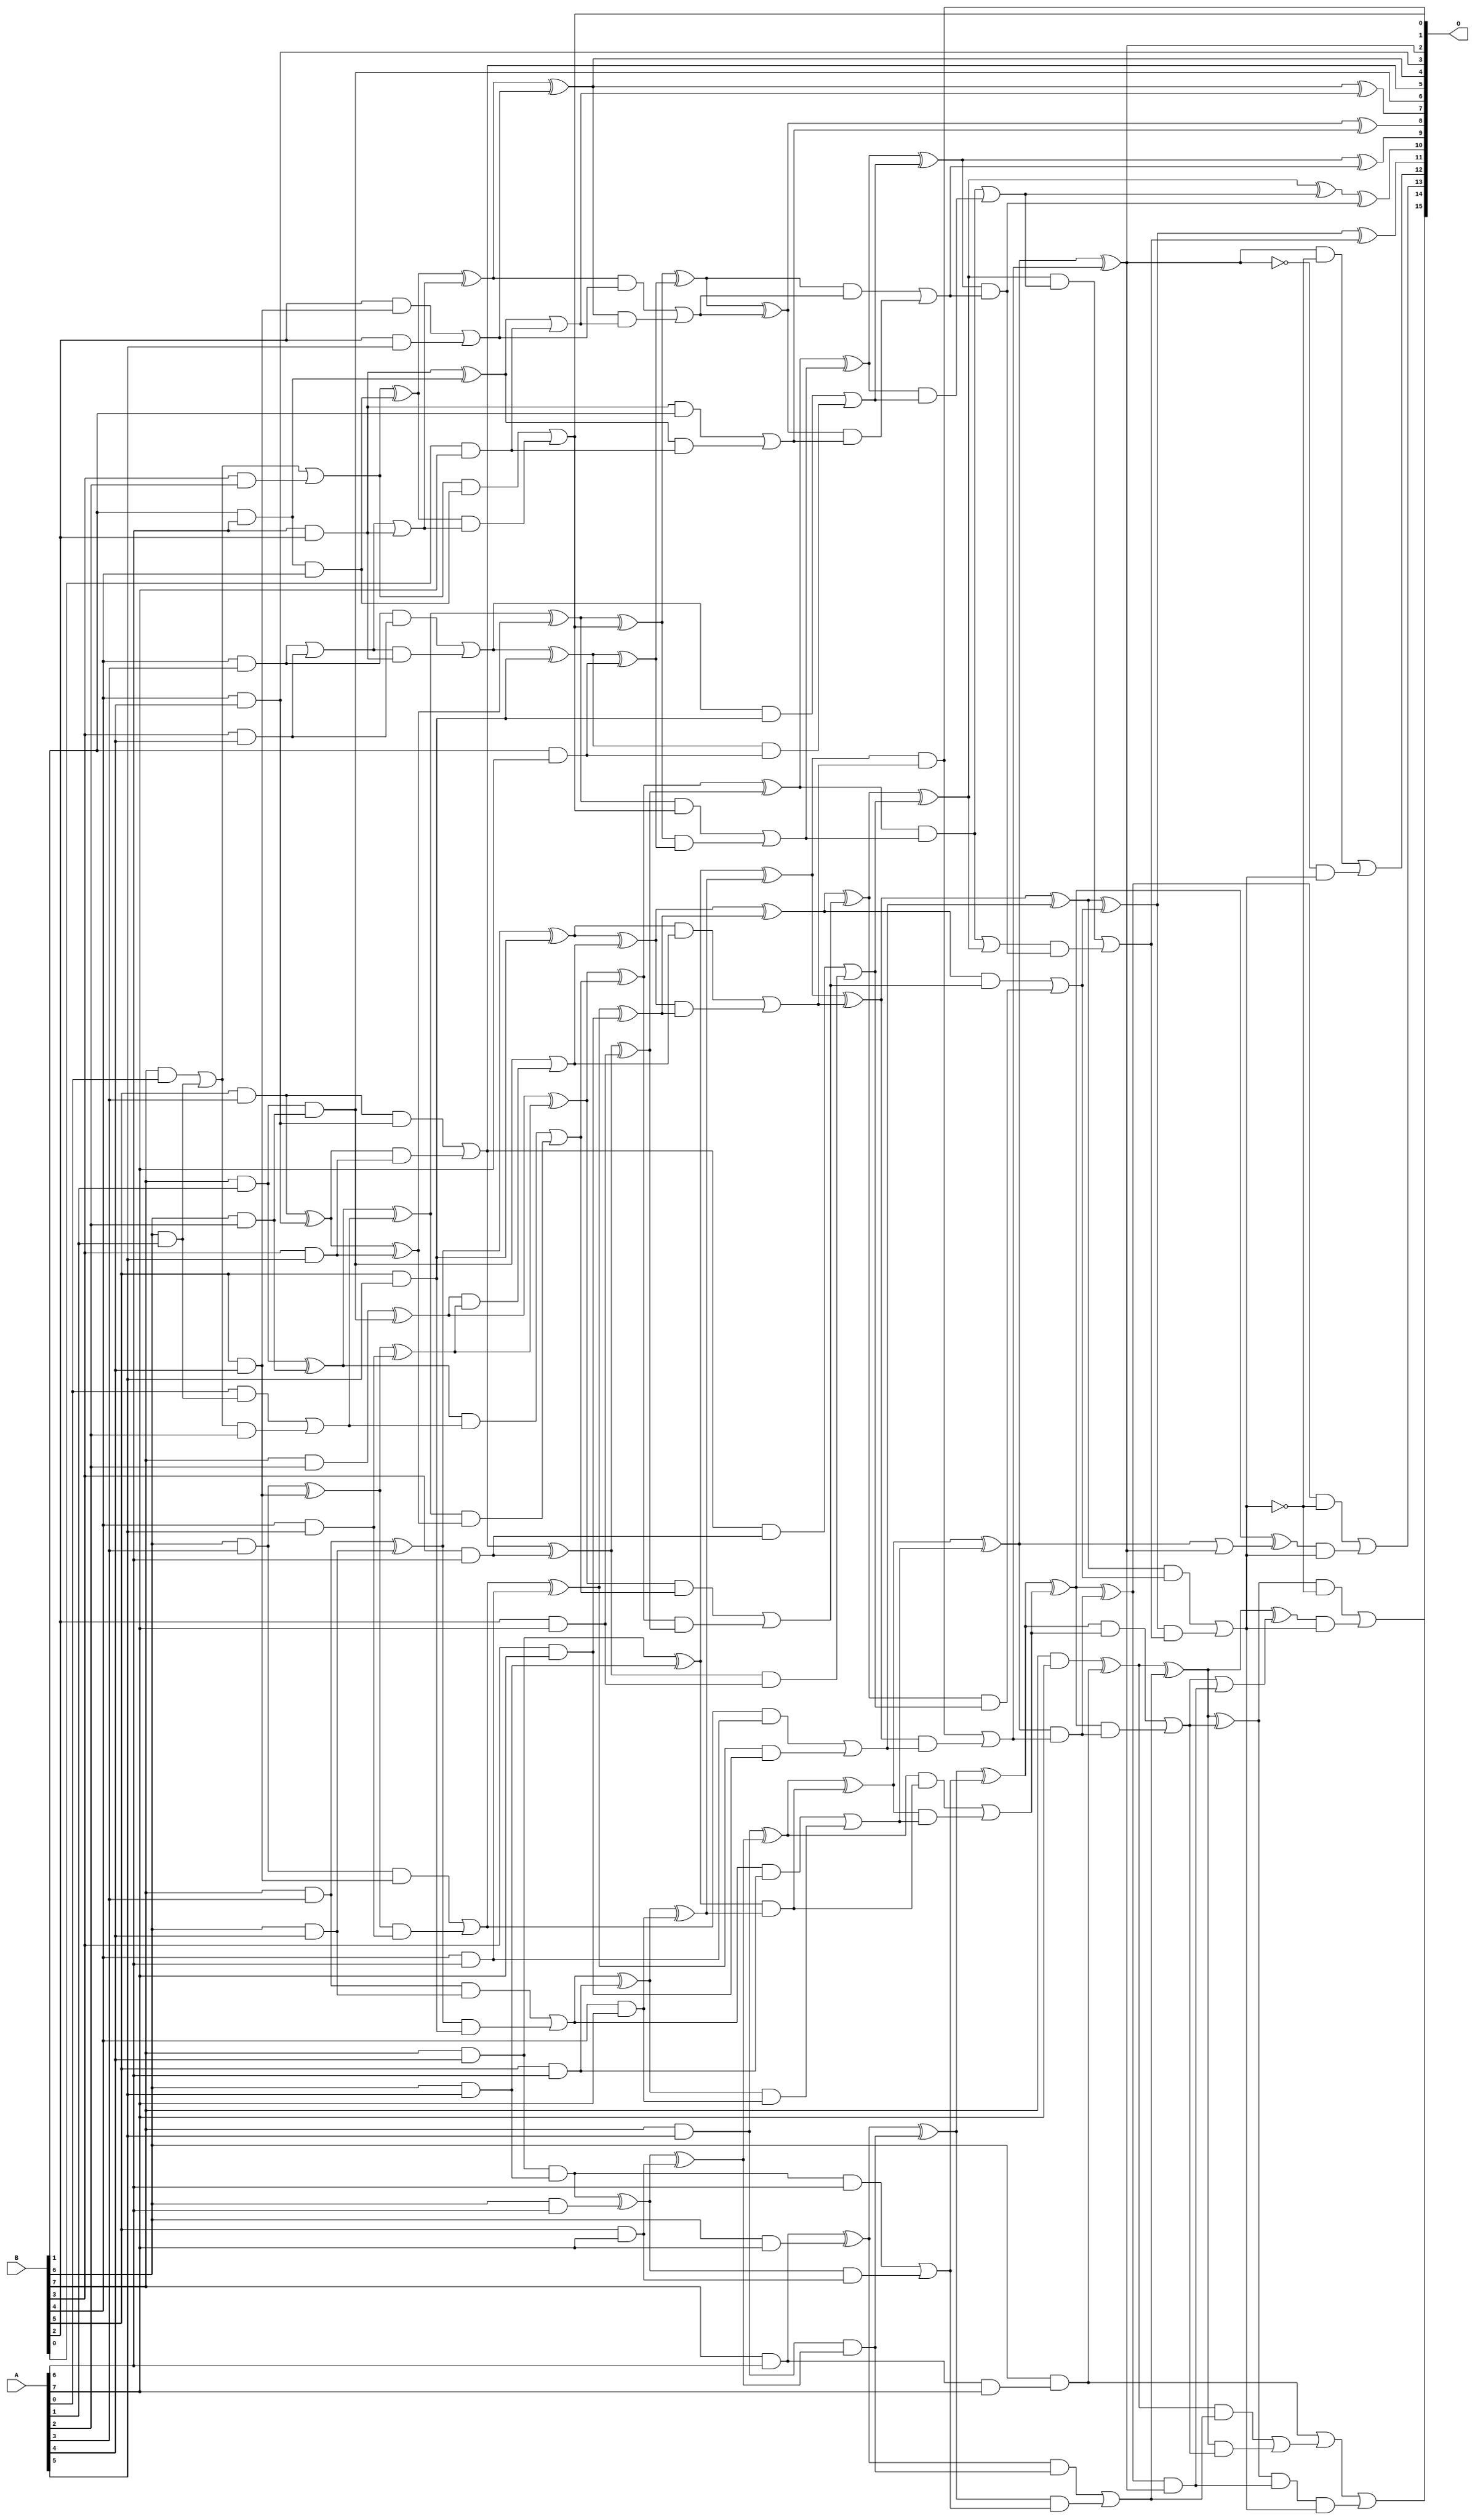
/***
* This code is a part of EvoApproxLib library (ehw.fit.vutbr.cz/approxlib) distributed under The MIT License.
* When used, please cite the following article(s): PRABAKARAN B. S., MRAZEK V., VASICEK Z., SEKANINA L., SHAFIQUE M. ApproxFPGAs: Embracing ASIC-based Approximate Arithmetic Components for FPGA-Based Systems. DAC 2020. 
***/
// MAE% = 0.17 %
// MAE = 111 
// WCE% = 0.66 %
// WCE = 432 
// WCRE% = 350.00 %
// EP% = 98.38 %
// MRE% = 3.99 %
// MSE = 18862 
// FPGA_POWER = 0.95
// FPGA_DELAY = 9.5
// FPGA_LUT = 60

module mul8u_19PQ (
    A,
    B,
    O
);

input [7:0] A;
input [7:0] B;
output [15:0] O;

wire sig_23,sig_30,sig_31,sig_37,sig_38,sig_39,sig_44,sig_45,sig_46,sig_47,sig_51,sig_52,sig_53,sig_54,sig_55,sig_57,sig_59,sig_60,sig_61,sig_62;
wire sig_63,sig_65,sig_67,sig_68,sig_69,sig_70,sig_71,sig_72,sig_73,sig_74,sig_75,sig_76,sig_77,sig_78,sig_79,sig_82,sig_94,sig_103,sig_107,sig_108;
wire sig_109,sig_110,sig_111,sig_112,sig_113,sig_122,sig_124,sig_126,sig_127,sig_128,sig_129,sig_130,sig_131,sig_132,sig_133,sig_134,sig_135,sig_136,sig_137,sig_138;
wire sig_139,sig_140,sig_141,sig_142,sig_143,sig_144,sig_145,sig_146,sig_147,sig_170,sig_171,sig_172,sig_173,sig_174,sig_175,sig_176,sig_177,sig_178,sig_179,sig_180;
wire sig_182,sig_183,sig_184,sig_187,sig_188,sig_189,sig_190,sig_191,sig_192,sig_193,sig_194,sig_195,sig_196,sig_197,sig_198,sig_199,sig_200,sig_201,sig_202,sig_203;
wire sig_204,sig_205,sig_206,sig_207,sig_208,sig_209,sig_210,sig_211,sig_212,sig_213,sig_214,sig_215,sig_216,sig_217,sig_218,sig_233,sig_234,sig_235,sig_236,sig_237;
wire sig_238,sig_239,sig_240,sig_241,sig_242,sig_243,sig_244,sig_245,sig_246,sig_247,sig_248,sig_249,sig_250,sig_251,sig_252,sig_253,sig_254,sig_255,sig_256,sig_258;
wire sig_268,sig_269,sig_270,sig_271,sig_272,sig_273,sig_274,sig_275,sig_276,sig_277,sig_278,sig_279,sig_280,sig_281,sig_282,sig_283,sig_284,sig_285,sig_286,sig_287;
wire sig_288,sig_289,sig_290,sig_291,sig_292,sig_293,sig_295,sig_296,sig_297,sig_298,sig_299,sig_317,sig_330,sig_331,sig_335,sig_336,sig_337,sig_338,sig_339,sig_340;
wire sig_341,sig_342,sig_343,sig_344,sig_380,sig_385,sig_386,sig_387,sig_388,sig_389,sig_390,sig_391,sig_392,sig_393,sig_394,sig_395,sig_397,sig_398,sig_400,sig_401;
wire sig_404,sig_405,sig_406,sig_408,sig_409,sig_410,sig_415,sig_416,sig_417,sig_419,sig_420,sig_421,sig_423,sig_424,sig_425,sig_428,sig_429;

assign sig_23 = B[7] & A[0];
assign sig_30 = B[6] & A[1];
assign sig_31 = B[7] & A[1];
assign sig_37 = B[3] & A[2];
assign sig_38 = B[6] & A[2];
assign sig_39 = B[7] & A[2];
assign sig_44 = B[4] & A[3];
assign sig_45 = B[5] & A[3];
assign sig_46 = B[6] & A[3];
assign sig_47 = B[7] & A[3];
assign sig_51 = B[3] & A[4];
assign sig_52 = B[4] & A[4];
assign sig_53 = B[5] & A[4];
assign sig_54 = B[6] & A[4];
assign sig_55 = B[7] & A[4];
assign sig_57 = B[2] & A[5];
assign sig_59 = B[3] & A[5];
assign sig_60 = B[4] & A[5];
assign sig_61 = B[5] & A[5];
assign sig_62 = B[6] & A[5];
assign sig_63 = B[7] & A[5];
assign sig_65 = B[1] & A[6];
assign sig_67 = B[3] & A[6];
assign sig_68 = B[4] & A[6];
assign sig_69 = B[5] & A[6];
assign sig_70 = B[6] & A[6];
assign sig_71 = B[7] & A[6];
assign sig_72 = B[0] & A[7];
assign sig_73 = B[1] & A[7];
assign sig_74 = B[2] & A[7];
assign sig_75 = B[3] & A[7];
assign sig_76 = B[4] & A[7];
assign sig_77 = B[5] & A[7];
assign sig_78 = B[6] & A[7];
assign sig_79 = B[7] & A[7];
assign sig_82 = A[1] & B[6];
assign sig_94 = B[2] & sig_53;
assign sig_103 = sig_65 & B[4];
assign sig_107 = sig_23 | sig_30;
assign sig_108 = A[0] & sig_82;
assign sig_109 = sig_107 & A[2];
assign sig_110 = sig_107 | sig_37;
assign sig_111 = sig_108 | sig_109;
assign sig_112 = sig_31 & sig_38;
assign sig_113 = sig_31 ^ sig_38;
assign sig_122 = A[6] & B[2];
assign sig_124 = sig_94 | sig_57;
assign sig_126 = sig_44 | sig_51;
assign sig_127 = sig_44 & sig_51;
assign sig_128 = sig_126 & sig_122;
assign sig_129 = sig_126 | sig_122;
assign sig_130 = sig_127 | sig_128;
assign sig_131 = sig_45 ^ sig_52;
assign sig_132 = sig_45 & sig_52;
assign sig_133 = sig_131 & sig_59;
assign sig_134 = sig_131 ^ sig_59;
assign sig_135 = sig_132 | sig_133;
assign sig_136 = sig_46 ^ sig_53;
assign sig_137 = sig_46 & sig_53;
assign sig_138 = sig_136 & sig_60;
assign sig_139 = sig_136 ^ sig_60;
assign sig_140 = sig_137 | sig_138;
assign sig_141 = sig_47 ^ sig_54;
assign sig_142 = sig_47 & sig_54;
assign sig_143 = sig_141 & sig_61;
assign sig_144 = sig_141 ^ sig_61;
assign sig_145 = sig_142 | sig_143;
assign sig_146 = sig_55 & sig_62;
assign sig_147 = sig_55 ^ sig_62;
assign sig_170 = sig_110 ^ sig_103;
assign sig_171 = sig_110 & sig_103;
assign sig_172 = sig_170 & sig_129;
assign sig_173 = sig_170 ^ sig_129;
assign sig_174 = sig_171 | sig_172;
assign sig_175 = sig_113 ^ sig_111;
assign sig_176 = sig_113 & sig_111;
assign sig_177 = sig_175 & sig_134;
assign sig_178 = sig_175 ^ sig_134;
assign sig_179 = sig_176 | sig_177;
assign sig_180 = sig_39 ^ sig_112;
assign sig_182 = sig_180 & sig_139;
assign sig_183 = sig_180 ^ sig_139;
assign sig_184 = sig_112 | sig_182;
assign sig_187 = sig_122 ^ sig_65;
assign sig_188 = sig_122 & B[1];
assign sig_189 = sig_187 & sig_72;
assign sig_190 = sig_187 | sig_72;
assign sig_191 = sig_188 | sig_189;
assign sig_192 = sig_130 ^ sig_61;
assign sig_193 = sig_130 & sig_61;
assign sig_194 = sig_192 & sig_73;
assign sig_195 = sig_192 ^ sig_73;
assign sig_196 = sig_193 | sig_194;
assign sig_197 = sig_135 ^ sig_67;
assign sig_198 = sig_135 & sig_67;
assign sig_199 = sig_197 & sig_74;
assign sig_200 = sig_197 ^ sig_74;
assign sig_201 = sig_198 | sig_199;
assign sig_202 = sig_140 ^ sig_68;
assign sig_203 = sig_140 & sig_68;
assign sig_204 = sig_202 & sig_75;
assign sig_205 = sig_202 ^ sig_75;
assign sig_206 = sig_203 | sig_204;
assign sig_207 = sig_145 ^ sig_69;
assign sig_208 = sig_145 & sig_69;
assign sig_209 = sig_207 & sig_76;
assign sig_210 = sig_207 ^ sig_76;
assign sig_211 = sig_208 | sig_209;
assign sig_212 = sig_146 ^ sig_70;
assign sig_213 = sig_146 & A[6];
assign sig_214 = sig_212 & sig_77;
assign sig_215 = sig_212 ^ sig_77;
assign sig_216 = sig_213 | sig_214;
assign sig_217 = sig_71 & A[7];
assign sig_218 = sig_71 ^ sig_78;
assign sig_233 = sig_173 ^ sig_124;
assign sig_234 = sig_173 & sig_124;
assign sig_235 = sig_233 & sig_190;
assign sig_236 = sig_233 ^ sig_190;
assign sig_237 = sig_234 | sig_235;
assign sig_238 = sig_178 ^ sig_174;
assign sig_239 = sig_178 & sig_174;
assign sig_240 = sig_238 & sig_195;
assign sig_241 = sig_238 ^ sig_195;
assign sig_242 = sig_239 | sig_240;
assign sig_243 = sig_183 ^ sig_179;
assign sig_244 = sig_183 & sig_179;
assign sig_245 = sig_243 & sig_200;
assign sig_246 = sig_243 ^ sig_200;
assign sig_247 = sig_244 | sig_245;
assign sig_248 = sig_144 ^ sig_184;
assign sig_249 = sig_144 & sig_184;
assign sig_250 = sig_248 & sig_205;
assign sig_251 = sig_248 ^ sig_205;
assign sig_252 = sig_249 | sig_250;
assign sig_253 = sig_147 & sig_210;
assign sig_254 = sig_147 ^ sig_210;
assign sig_255 = sig_63 & sig_215;
assign sig_256 = sig_63 ^ sig_215;
assign sig_258 = sig_218 & sig_255;
assign sig_268 = sig_241 ^ sig_237;
assign sig_269 = sig_241 & sig_237;
assign sig_270 = sig_268 & sig_191;
assign sig_271 = sig_268 ^ sig_191;
assign sig_272 = sig_269 | sig_270;
assign sig_273 = sig_246 ^ sig_242;
assign sig_274 = sig_246 & sig_242;
assign sig_275 = sig_273 & sig_196;
assign sig_276 = sig_273 ^ sig_196;
assign sig_277 = sig_274 | sig_275;
assign sig_278 = sig_251 ^ sig_247;
assign sig_279 = sig_251 & sig_247;
assign sig_280 = sig_278 & sig_201;
assign sig_281 = sig_278 ^ sig_201;
assign sig_282 = sig_279 | sig_280;
assign sig_283 = sig_254 ^ sig_252;
assign sig_284 = sig_254 & sig_252;
assign sig_285 = sig_283 & sig_206;
assign sig_286 = sig_283 ^ sig_206;
assign sig_287 = sig_284 | sig_285;
assign sig_288 = sig_256 ^ sig_253;
assign sig_289 = sig_256 & sig_253;
assign sig_290 = sig_288 & sig_211;
assign sig_291 = sig_288 ^ sig_211;
assign sig_292 = sig_289 | sig_290;
assign sig_293 = sig_218 ^ sig_255;
assign sig_295 = sig_293 & sig_216;
assign sig_296 = sig_293 ^ sig_216;
assign sig_297 = sig_258 | sig_295;
assign sig_298 = B[6] & sig_217;
assign sig_299 = sig_79 ^ sig_298;
assign sig_317 = sig_274 | sig_281;
assign sig_330 = sig_276 ^ sig_272;
assign sig_331 = sig_276 & sig_272;
assign sig_335 = sig_281 ^ sig_277;
assign sig_336 = sig_281 & sig_277;
assign sig_337 = sig_317 & sig_331;
assign sig_338 = sig_335 ^ sig_331;
assign sig_339 = sig_336 | sig_337;
assign sig_340 = sig_286 ^ sig_282;
assign sig_341 = sig_286 & sig_282;
assign sig_342 = sig_340 & sig_339;
assign sig_343 = sig_340 ^ sig_339;
assign sig_344 = sig_341 | sig_342;
assign sig_380 = sig_342 | sig_341;
assign sig_385 = sig_291 & sig_287;
assign sig_386 = sig_296 ^ sig_292;
assign sig_387 = sig_296 & sig_292;
assign sig_388 = sig_386 & sig_385;
assign sig_389 = sig_386 ^ sig_385;
assign sig_390 = sig_387 | sig_388;
assign sig_391 = sig_299 ^ sig_297;
assign sig_392 = sig_299 & sig_297;
assign sig_393 = sig_391 & sig_390;
assign sig_394 = sig_391 ^ sig_390;
assign sig_395 = sig_392 | sig_393;
assign sig_397 = sig_298 | sig_395;
assign sig_398 = sig_291 ^ sig_287;
assign sig_400 = ~sig_398;
assign sig_401 = sig_291 | sig_398;
assign sig_404 = sig_389 & sig_398;
assign sig_405 = sig_386 ^ sig_401;
assign sig_406 = sig_390 | sig_404;
assign sig_408 = ~sig_344;
assign sig_409 = sig_394 & sig_404;
assign sig_410 = sig_391 ^ sig_406;
assign sig_415 = sig_398 & sig_408;
assign sig_416 = sig_400 & sig_380;
assign sig_417 = sig_415 | sig_416;
assign sig_419 = sig_389 & sig_408;
assign sig_420 = sig_405 & sig_380;
assign sig_421 = sig_419 | sig_420;
assign sig_423 = sig_394 & sig_408;
assign sig_424 = sig_410 & sig_380;
assign sig_425 = sig_423 | sig_424;
assign sig_428 = sig_409 & sig_380;
assign sig_429 = sig_397 | sig_428;

assign O[15] = sig_429;
assign O[14] = sig_425;
assign O[13] = sig_421;
assign O[12] = sig_417;
assign O[11] = sig_343;
assign O[10] = sig_338;
assign O[9] = sig_330;
assign O[8] = sig_271;
assign O[7] = sig_236;
assign O[6] = sig_112;
assign O[5] = sig_135;
assign O[4] = sig_233;
assign O[3] = sig_52;
assign O[2] = sig_398;
assign O[1] = sig_284;
assign O[0] = sig_174;

endmodule